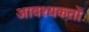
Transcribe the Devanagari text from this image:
आवश्यकतों